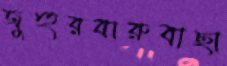
জুহুরবারুবাছা